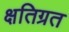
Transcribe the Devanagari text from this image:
क्षतिग्रत